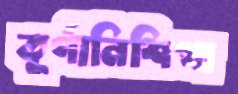
তূর্ণানিশিথা